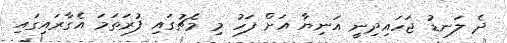
ދެ ލަނޑު ޖަހައިދިނީ އަނިޔާ އަށް ފަހު މި މެޗުގައި ފުރަތަމަ އެގާރައިގައި